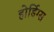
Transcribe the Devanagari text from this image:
होर्डिग्स